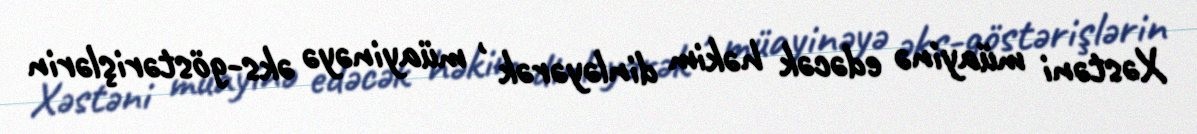
Xəstəni müayinə edəcək həkim dinləyərək , müayinəyə əks-göstərişlərin